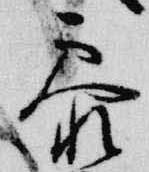
参